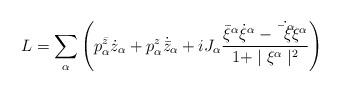
LaTeX: \begin{align*}L = \sum_\alpha\left(p^{\bar z}_\alpha \dot z_{\alpha}+p^{z}_\alpha \dot{{\bar z}}_{\alpha}+ iJ_{\alpha}\frac{{\bar \xi}^\alpha \dot \xi^\alpha-\dot{\bar\xi^\alpha}\xi^\alpha}{1+\mid\xi^\alpha\mid^2}\right)\end{align*}